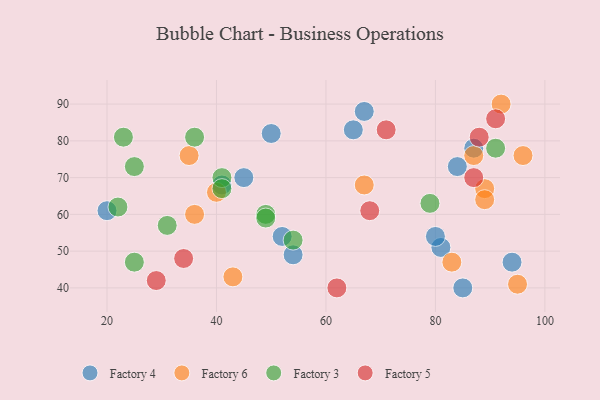
{"axis": {"x": "GDP", "y": "Life Expectancy"}, "legend": ["Factory 3", "Factory 4", "Factory 5", "Factory 6"], "data": [{"x": "81", "y": 51, "type": "Factory 4"}, {"x": "54", "y": 49, "type": "Factory 4"}, {"x": "50", "y": 82, "type": "Factory 4"}, {"x": "52", "y": 54, "type": "Factory 4"}, {"x": "67", "y": 88, "type": "Factory 4"}, {"x": "45", "y": 70, "type": "Factory 4"}, {"x": "65", "y": 83, "type": "Factory 4"}, {"x": "80", "y": 54, "type": "Factory 4"}, {"x": "94", "y": 47, "type": "Factory 4"}, {"x": "87", "y": 78, "type": "Factory 4"}, {"x": "41", "y": 68, "type": "Factory 4"}, {"x": "20", "y": 61, "type": "Factory 4"}, {"x": "85", "y": 40, "type": "Factory 4"}, {"x": "84", "y": 73, "type": "Factory 4"}, {"x": "43", "y": 43, "type": "Factory 6"}, {"x": "67", "y": 68, "type": "Factory 6"}, {"x": "95", "y": 41, "type": "Factory 6"}, {"x": "83", "y": 47, "type": "Factory 6"}, {"x": "89", "y": 67, "type": "Factory 6"}, {"x": "89", "y": 64, "type": "Factory 6"}, {"x": "87", "y": 76, "type": "Factory 6"}, {"x": "92", "y": 90, "type": "Factory 6"}, {"x": "96", "y": 76, "type": "Factory 6"}, {"x": "36", "y": 60, "type": "Factory 6"}, {"x": "35", "y": 76, "type": "Factory 6"}, {"x": "40", "y": 66, "type": "Factory 6"}, {"x": "25", "y": 47, "type": "Factory 3"}, {"x": "41", "y": 70, "type": "Factory 3"}, {"x": "22", "y": 62, "type": "Factory 3"}, {"x": "79", "y": 63, "type": "Factory 3"}, {"x": "91", "y": 78, "type": "Factory 3"}, {"x": "25", "y": 73, "type": "Factory 3"}, {"x": "49", "y": 60, "type": "Factory 3"}, {"x": "54", "y": 53, "type": "Factory 3"}, {"x": "36", "y": 81, "type": "Factory 3"}, {"x": "31", "y": 57, "type": "Factory 3"}, {"x": "23", "y": 81, "type": "Factory 3"}, {"x": "49", "y": 59, "type": "Factory 3"}, {"x": "41", "y": 67, "type": "Factory 3"}, {"x": "91", "y": 86, "type": "Factory 5"}, {"x": "71", "y": 83, "type": "Factory 5"}, {"x": "34", "y": 48, "type": "Factory 5"}, {"x": "62", "y": 40, "type": "Factory 5"}, {"x": "68", "y": 61, "type": "Factory 5"}, {"x": "88", "y": 81, "type": "Factory 5"}, {"x": "87", "y": 70, "type": "Factory 5"}, {"x": "29", "y": 42, "type": "Factory 5"}]}